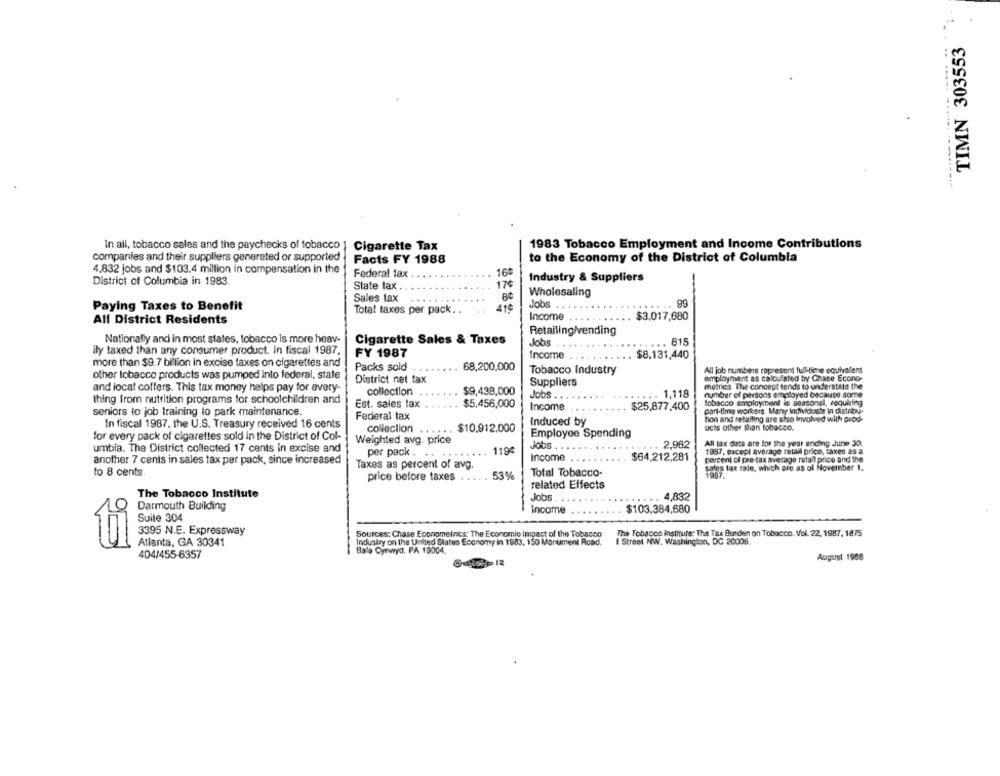
TIMN 303553
In all, tobacco sales and the paychecks of tobacco
Cigarette Tax
1983 Tobacco Employment and Income Contributions
companies and their suppliers generated or supported
Facts FY 1988
to the Economy of the District of Columbia
4.832 jobs and $103.4 million in compensation in the
164
Federal tax
Industry & Suppliers
District of Columbia in 1983.
State lax.
Wholesaling
Sales tax
Jobs
99
Paying Taxes to Benefit
Total taxes per pack ..
418
...
Income
$3.017,680
All District Residents
Retailingivending
Nationally and in most states, tobacco is more heav-
Cigarette Sales & Taxes
Jobs
. 615
ily taxed than any consumer product. In fiscal 1987.
FY 1987
Income
...
$8.131,440
more than $9.7 billion in excise taxes on cigarettes and
Packs sold
68,200,000
Tobacco Industry
All job numbers rapresent full-time equivalent
other tobacco products was pumped into federal, state
District net tax
employment as calculated by Chase Econo-
and local coffers. This tax money helps pay for every-
Suppliers
metricis The concept tends to understate the
collection
$9,438,000
Jobs .. .
... 1,118
number of persons employed because some
thing from nutrition programs for schoolchildren and
Est. sales tax
$5.456,000
tobacco employment is seasonal, requiring
seniors to job training lo park maintenance.
Income
$25,877,400
part-time workers. Many Individus's In distribu-
Federal tax
tion and retailing are also involved with prod-
In fiscal 1987. the U.S. Treasury received 16 cents
collection
$10.912.000
Induced by
ucts other than tobacco.
...
Employee Spending
for every pack of cigarettes sold in the District of Col-
Weighted avg. price
All tax data are for the year ending June 30.
umbia. The District collected 17 cents in excise and
119€
Jobs .
. ... 2,982
1987, except average retail price, taxes as a
per pack . ..
...
Income
...
$64,212,281
percent ci pre-tax average retail price and the
another 7 cents in sales tax per pack, since increased
Taxes as percent of avg.
to 8 cents
Total Tobacco-
sales tax rate, which are as ol November 1.
price before taxes . . .
53%
related Effects
The Tobacco Institute
Jobs
...
4,832
Darmouth Building
Income
$103.384,680
Suite 304
3395 N.E. Expressway
Sources: Chase Econometrics; The Economic Impact of the Tobacco
The Tobacco Institute: The Tax Burden on Tobacco. Vol. 22, 1987. 1875
Atlanta, GA 30341
Industry on the United States Economy in 1983, 150 Monument Road.
I Street NW. Washington, DC 20005
ti
Bala Cynwyd. PA 19004.
404/455-6357
August 1988